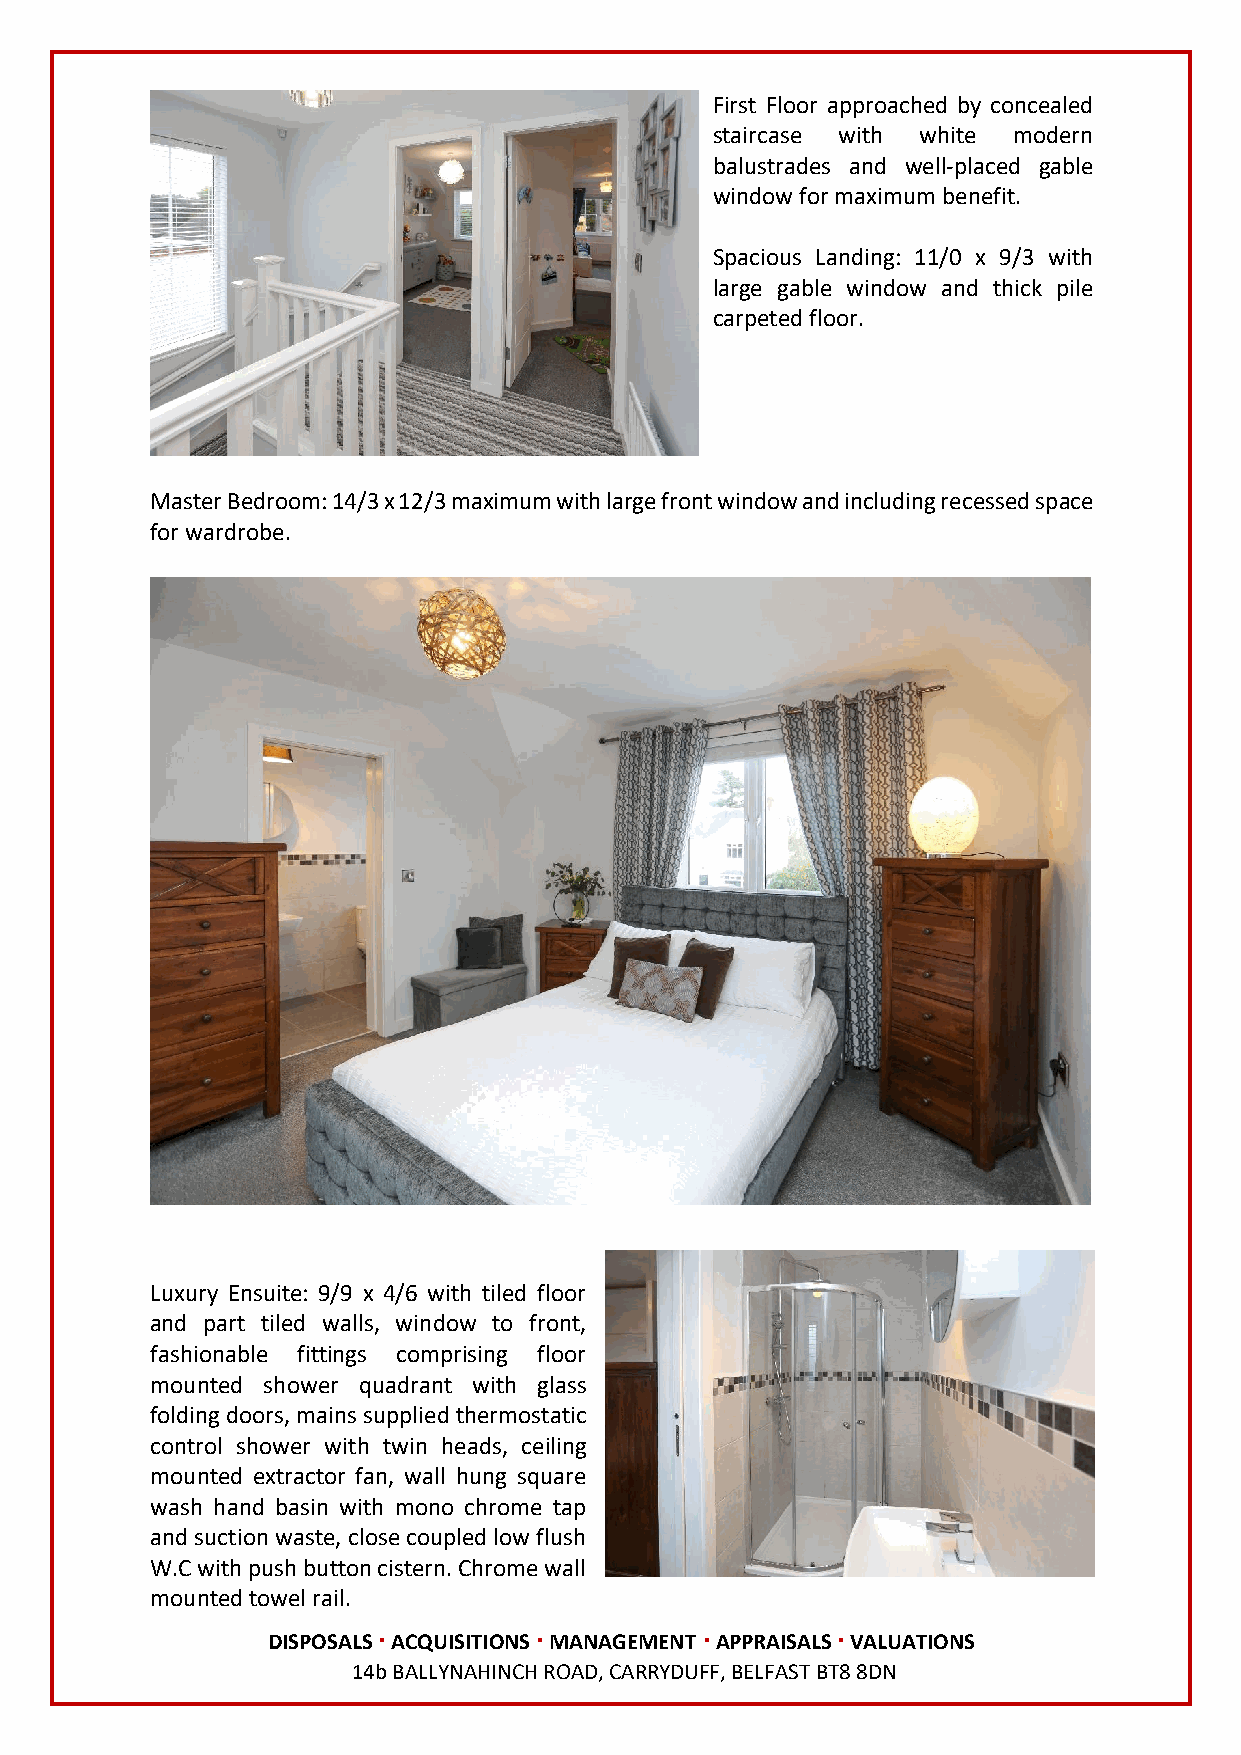
First Floor approached by concealed
 staircase with white modern
 balustrades and well-placed gable
 window for maximum benefit.
 Spacious Landing: 11/0 x 9/3 with
 large gable window and thick pile
 carpeted floor.
 Master Bedroom: 14/3 x 12/3 maximum with large front window and including recessed space
 for wardrobe.
 Luxury Ensuite: 9/9 x 4/6 with tiled floor
 and part tiled walls, window to front,
 fashionable fittings comprising floor
 mounted shower quadrant with glass
 folding doors, mains supplied thermostatic
 control shower with twin heads, ceiling
 mounted extractor fan, wall hung square
 wash hand basin with mono chrome tap
 and suction waste, close coupled low flush
 W.C with push button cistern. Chrome wall
 mounted towel rail.
 DISPOSALS ∙ ACQUISITIONS ∙ MANAGEMENT ∙ APPRAISALS ∙ VALUATIONS
 14b BALLYNAHINCH ROAD, CARRYDUFF, BELFAST BT8 8DN